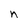
Character: n